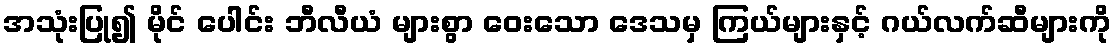
အသုံးပြု၍ မိုင် ပေါင်း ဘီလီယံ များစွာ ဝေးသော ဒေသမှ ကြယ်များနှင့် ဂယ်လက်ဆီများကို